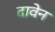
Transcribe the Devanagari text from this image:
दावेन